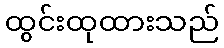
ထွင်းထုထားသည်